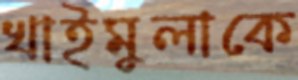
খাইমুলাকে